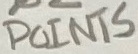
Text: POINTS